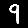
Digit: 9